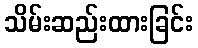
သိမ်းဆည်းထားခြင်း